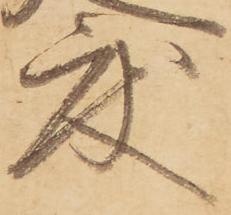
度